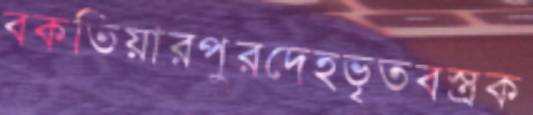
বকতিয়ারপুরদেহভৃতবস্ত্রক